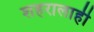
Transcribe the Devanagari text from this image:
शहरालाही